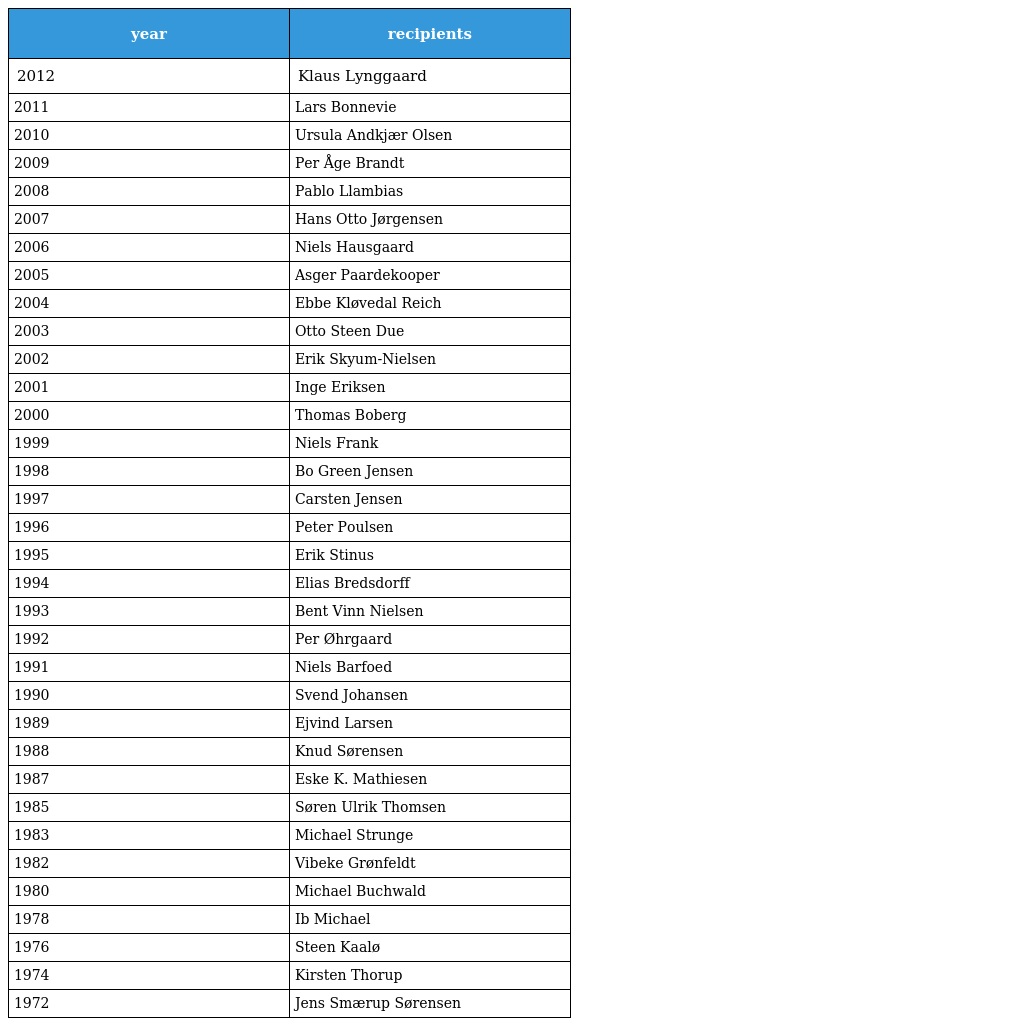
| year | recipients |
 | --- | --- |
 | 2012 | Klaus Lynggaard |
 | 2011 | Lars Bonnevie |
 | 2010 | Ursula Andkjær Olsen |
 | 2009 | Per Åge Brandt |
 | 2008 | Pablo Llambias |
 | 2007 | Hans Otto Jørgensen |
 | 2006 | Niels Hausgaard |
 | 2005 | Asger Paardekooper |
 | 2004 | Ebbe Kløvedal Reich |
 | 2003 | Otto Steen Due |
 | 2002 | Erik Skyum-Nielsen |
 | 2001 | Inge Eriksen |
 | 2000 | Thomas Boberg |
 | 1999 | Niels Frank |
 | 1998 | Bo Green Jensen |
 | 1997 | Carsten Jensen |
 | 1996 | Peter Poulsen |
 | 1995 | Erik Stinus |
 | 1994 | Elias Bredsdorff |
 | 1993 | Bent Vinn Nielsen |
 | 1992 | Per Øhrgaard |
 | 1991 | Niels Barfoed |
 | 1990 | Svend Johansen |
 | 1989 | Ejvind Larsen |
 | 1988 | Knud Sørensen |
 | 1987 | Eske K. Mathiesen |
 | 1985 | Søren Ulrik Thomsen |
 | 1983 | Michael Strunge |
 | 1982 | Vibeke Grønfeldt |
 | 1980 | Michael Buchwald |
 | 1978 | Ib Michael |
 | 1976 | Steen Kaalø |
 | 1974 | Kirsten Thorup |
 | 1972 | Jens Smærup Sørensen |